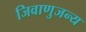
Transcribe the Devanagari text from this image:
जिवाणुजन्य